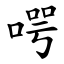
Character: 㗁